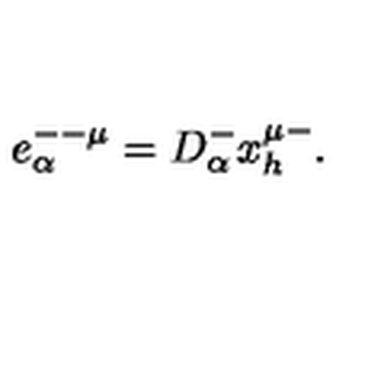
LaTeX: e _ { \alpha } ^ { -- \mu } = D _ { \alpha } ^ { - } x _ { h } ^ { \mu - } .